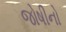
જોષીનો